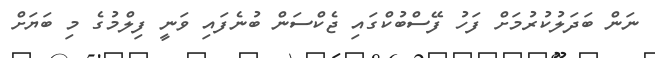
ނަން ބަދަލުކުރުމަށް ފަހު ފޭސްބުކްގައި ޖެކްސަން ބުނެފައި ވަނީ ފިލްމުގެ މި ބަޔަށް